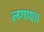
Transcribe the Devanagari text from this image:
लगाए।।